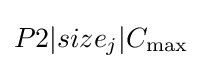
P2|size_{j}|C_{\max }